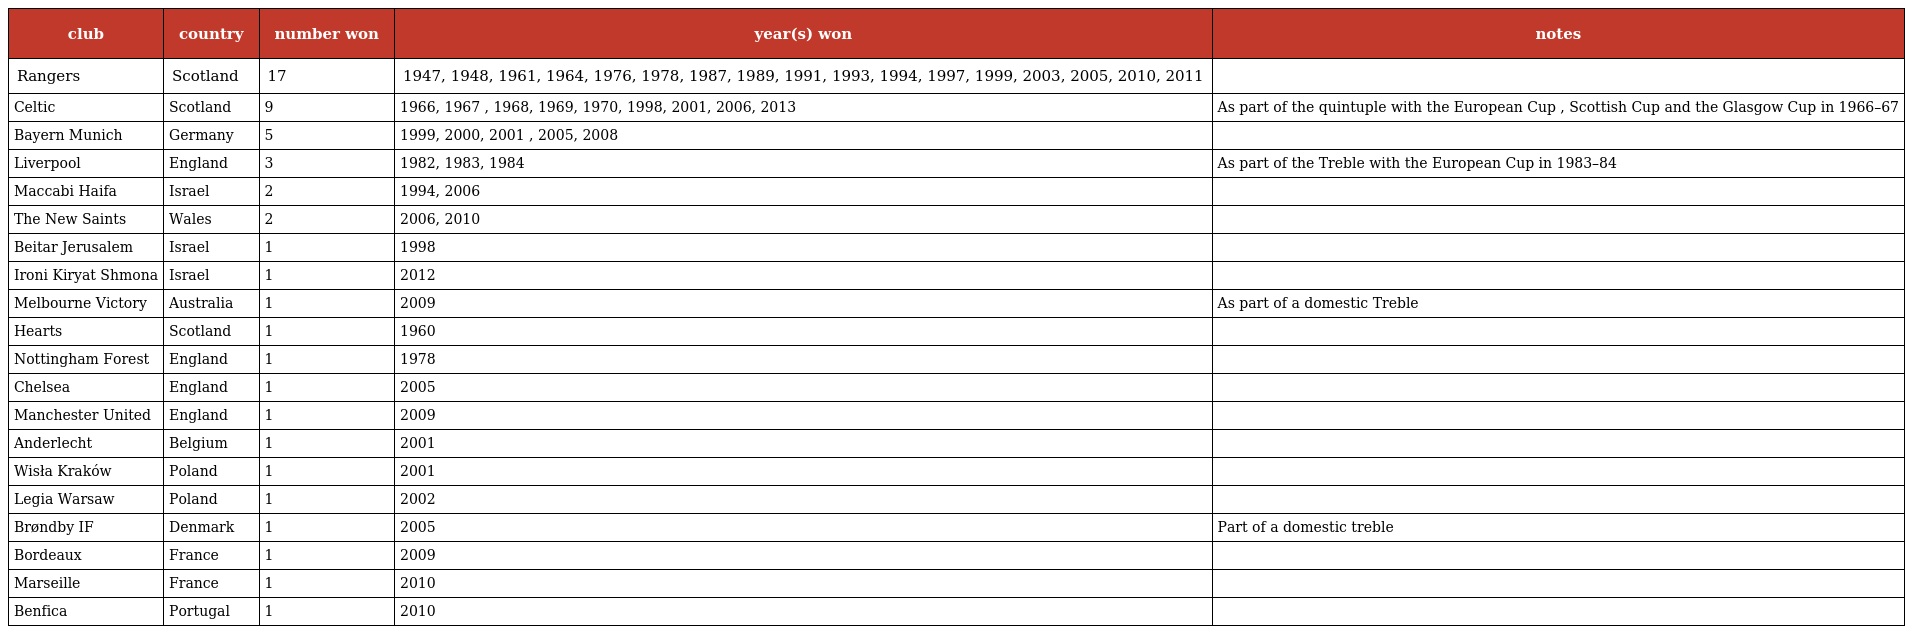
| club | country | number won | year(s) won | notes |
 | --- | --- | --- | --- | --- |
 | Rangers | Scotland | 17 | 1947, 1948, 1961, 1964, 1976, 1978, 1987, 1989, 1991, 1993, 1994, 1997, 1999, 2003, 2005, 2010, 2011 |  |
 | Celtic | Scotland | 9 | 1966, 1967 , 1968, 1969, 1970, 1998, 2001, 2006, 2013 | As part of the quintuple with the European Cup , Scottish Cup and the Glasgow Cup in 1966–67 |
 | Bayern Munich | Germany | 5 | 1999, 2000, 2001 , 2005, 2008 |  |
 | Liverpool | England | 3 | 1982, 1983, 1984 | As part of the Treble with the European Cup in 1983–84 |
 | Maccabi Haifa | Israel | 2 | 1994, 2006 |  |
 | The New Saints | Wales | 2 | 2006, 2010 |  |
 | Beitar Jerusalem | Israel | 1 | 1998 |  |
 | Ironi Kiryat Shmona | Israel | 1 | 2012 |  |
 | Melbourne Victory | Australia | 1 | 2009 | As part of a domestic Treble |
 | Hearts | Scotland | 1 | 1960 |  |
 | Nottingham Forest | England | 1 | 1978 |  |
 | Chelsea | England | 1 | 2005 |  |
 | Manchester United | England | 1 | 2009 |  |
 | Anderlecht | Belgium | 1 | 2001 |  |
 | Wisła Kraków | Poland | 1 | 2001 |  |
 | Legia Warsaw | Poland | 1 | 2002 |  |
 | Brøndby IF | Denmark | 1 | 2005 | Part of a domestic treble |
 | Bordeaux | France | 1 | 2009 |  |
 | Marseille | France | 1 | 2010 |  |
 | Benfica | Portugal | 1 | 2010 |  |